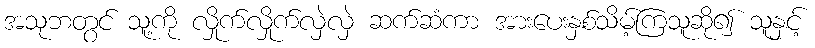
အသုဘတွင် သူ့ကို လှိုက်လှိုက်လှဲလှဲ ဆက်ဆံကာ အားပေးနှစ်သိမ့်ကြသူဆို၍ သူနှင့်